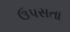
ઉપસતા